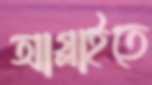
আগ্‌লাইতে